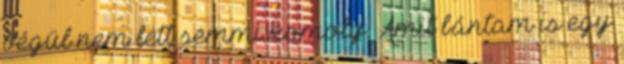
végül nem lett semmi komoly. Amit bántam is egy